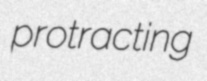
protracting